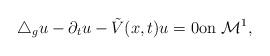
LaTeX: \begin{align*}\triangle_g u-\partial_t u -\tilde{V}(x, t) u=0 \mbox{on} \ \mathcal{M}^1, \end{align*}